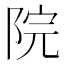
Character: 院